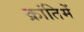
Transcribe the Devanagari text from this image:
क्रांतिमें